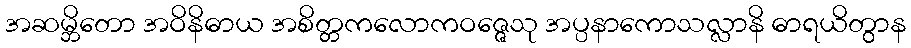
အဆမ္ဘိတော အဝိနိဓာယ အစိတ္တကလောကဝဇ္ဇေသု အပ္ပနာကောသလ္လာနိ ဓာရယိတွာန